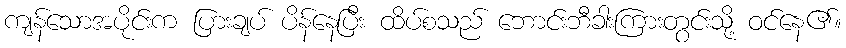
ကျန်သောအပိုင်းက ပြားချပ် ပိန်နေပြီး ထိပ်စသည် ဘောင်းဘီခါးကြားတွင်းသို့ ဝင်နေ၏။